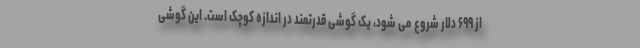
از ۶۹۹ دلار شروع می شود، یک گوشی قدرتمند در اندازه کوچک است. این گوشی